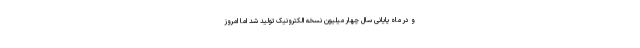
و در ماه پایانی سال چهار میلیون نسخه الکترونیک تولید شد اما امروز